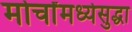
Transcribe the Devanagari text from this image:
मोर्चांमध्येसुद्धा